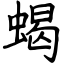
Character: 蝎